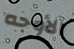
الأوجه